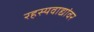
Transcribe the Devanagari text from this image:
रहस्यवाद्यांवर